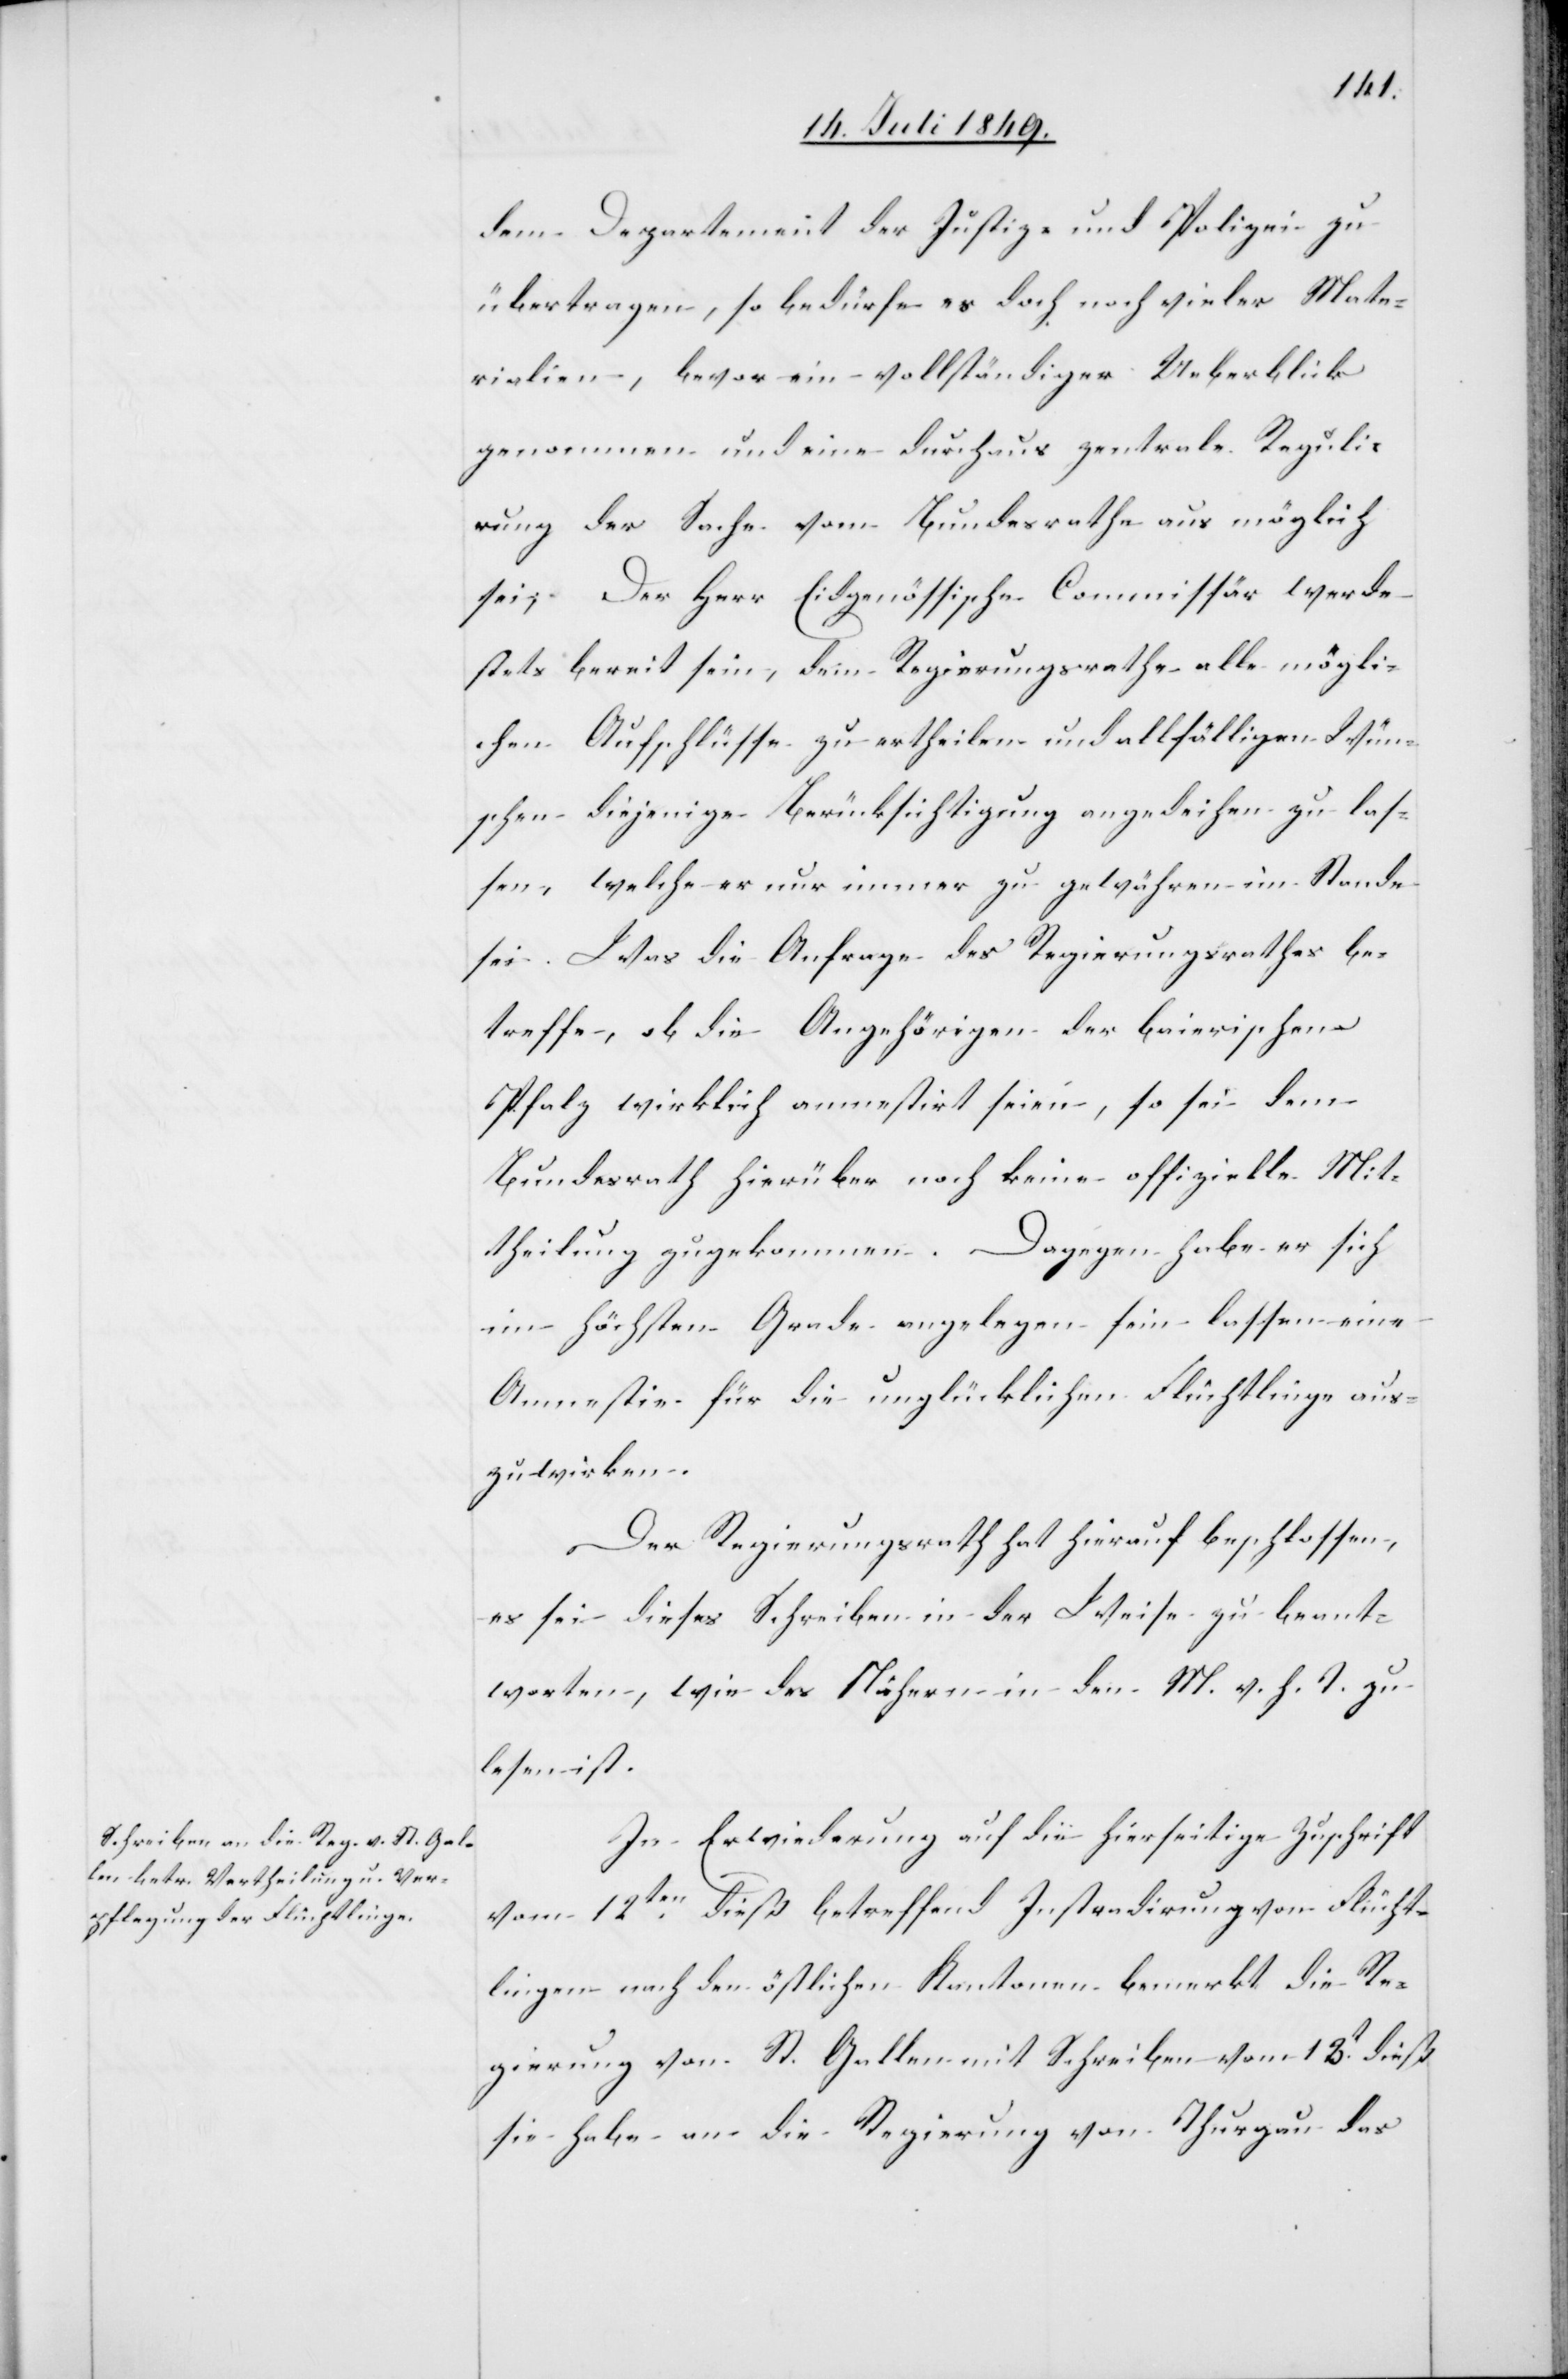
dem Departement der Justiz- und Polizei zu
übertragen, so bedürfe es doch noch vieler Mate¬
rialien, bevor ein vollständiger Ueberblick
genommen und eine durchaus zentrale Regulie¬
rung der Sache vom Bundesrathe aus möglich
sei; Der Herr Eidgenössische Commissär werde
stets bereit sein, dem Regierungsrathe alle mögli¬
chen Aufschlüsse zu ertheilen und allfälligen Wün¬
schen diejenige Berücksichtigung angedeihen zu las¬
sen, welche er nur immer zu gewähren im Stande
sei. Was die Anfrage des Regierungsrathes be¬
treffe, ob die Angehörigen der baierischen
Pfalz wirklich amnestirt seien, so sei dem
Bundesrath hierüber noch keine offizielle Mit¬
theilung zugekommen. Dagegen habe er sich
im höchsten Grade angelegen sein lassen eine
Amnestie für die unglücklichen Flüchtlinge aus¬
zuwirken.
Der Regierungsrath hat hierauf beschlossen,
es sei dieses Schreiben in der Weise zu beant¬
worten, wie des Nähern in den M. v. h. T. zu
lesen ist.
In Erwiederung auf die hierseitige Zuschrift
vom 12ten dieß betreffend Instradirung von Flücht¬
lingen nach den östlichen Kantonen bemerkt die Re¬
gierung von St. Gallen mit Schreiben vom 13t dieß
sie habe an die Regierung von Thurgau das